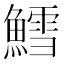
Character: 鱈